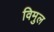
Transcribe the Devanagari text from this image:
विमुल